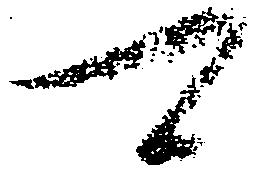
可